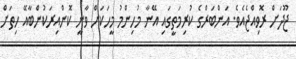
ޖޫދަށް ރޮވިއްޖެއެވެ. އަންބަރްގެ ކުރިމަތީގައި އޭނާ މުހިންމު މީހަކަށް ވާނީ ކޮންއިރަކުންބާއޭ ހިތަށް